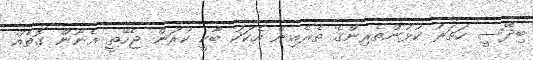
ބިދޭސީ ހަތަރު ކުޅުންތެރިންގެ ތެރެއިން އެކަކު ބާކީ ކުރަން ޖެހޭތީ އެނޫން ގޮތެއް